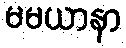
မမယာနာ